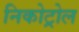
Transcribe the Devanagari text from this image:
निकोट्रोल